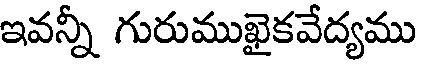
ఇవన్నీ గురుముఖైకవేద్యము